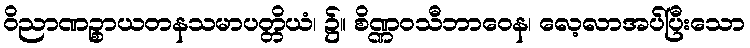
ဝိညာဏဉ္စာယတနသမာပတ္တိယံ၊ ၌။ စိဏ္ဏဝသီဘာဝေန၊ လေ့လာအပ်ပြီးသော